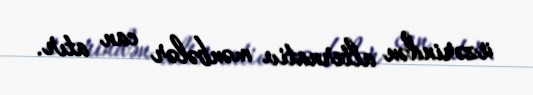
üzərindən alternativ mənbələr can atır.